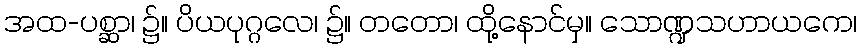
အထ-ပစ္ဆာ၊ ၌။ ပိယပုဂ္ဂလေ၊ ၌။ တတော၊ ထို့နောင်မှ။ သောဏ္ဍသဟာယကေ၊